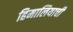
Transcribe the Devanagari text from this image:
हिमालियाची